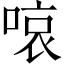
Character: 㗒